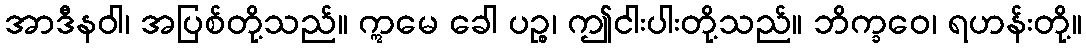
အာဒီနဝါ၊ အပြစ်တို့သည်။ ဣမေ ခေါ ပဉ္စ၊ ဤငါးပါးတို့သည်။ ဘိက္ခဝေ၊ ရဟန်းတို့။